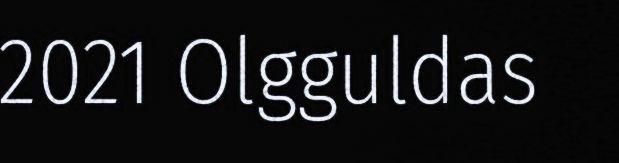
2021 Olgguldas